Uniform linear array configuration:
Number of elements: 12
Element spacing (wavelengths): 0.25
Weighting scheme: blackman
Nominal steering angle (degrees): -15
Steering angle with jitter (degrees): -16.891
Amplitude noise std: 0.05
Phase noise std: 0.05

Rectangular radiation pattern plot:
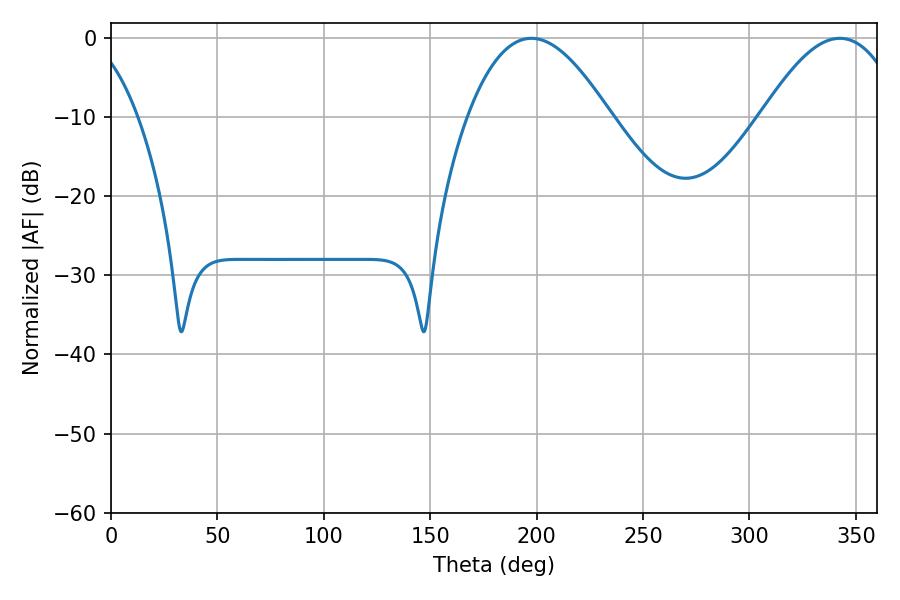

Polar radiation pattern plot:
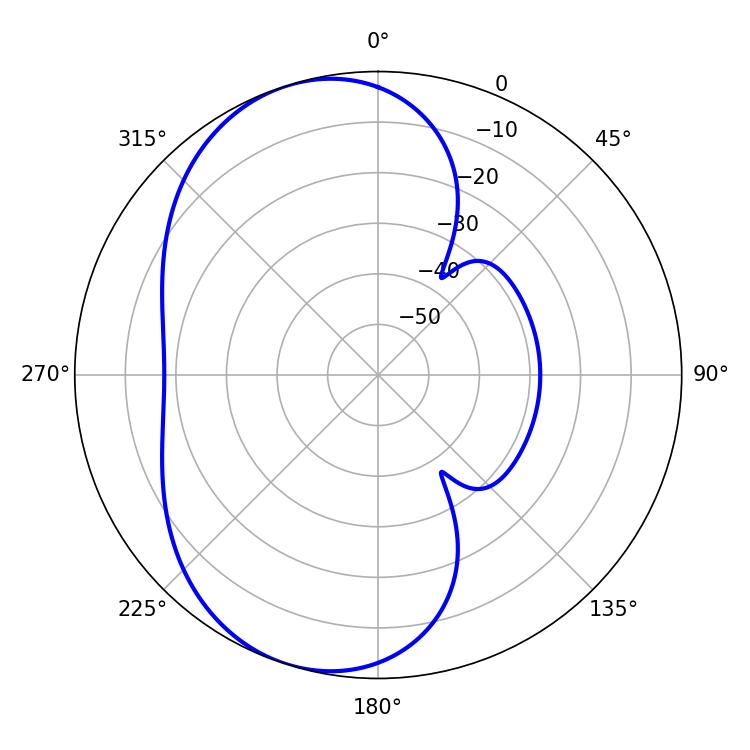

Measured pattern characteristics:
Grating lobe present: FALSE
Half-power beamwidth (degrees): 36.54
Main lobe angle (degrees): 197.46